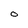
Character: O